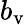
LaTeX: b_{\mathrm{v}}